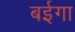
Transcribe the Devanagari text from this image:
बईगा